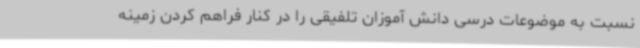
نسبت به موضوعات درسی دانش آموزان تلفیقی را در کنار فراهم کردن زمینه